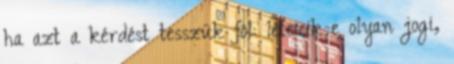
ha azt a kérdést tesszük föl: létezik-e olyan jogi,